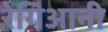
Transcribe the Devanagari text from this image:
रेगिआनी